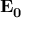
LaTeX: \mathbf { E _ { 0 } }